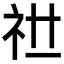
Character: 𥘠